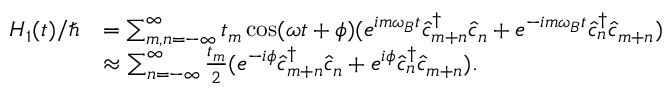
\begin{array} { r l } { H _ { 1 } ( t ) / \hbar } & { = \sum _ { m , n = - \infty } ^ { \infty } t _ { m } \cos ( \omega t + \phi ) ( e ^ { i m \omega _ { B } t } \hat { c } _ { m + n } ^ { \dagger } \hat { c } _ { n } + e ^ { - i m \omega _ { B } t } \hat { c } _ { n } ^ { \dagger } \hat { c } _ { m + n } ) } \\ & { \approx \sum _ { n = - \infty } ^ { \infty } \frac { t _ { m } } { 2 } ( e ^ { - i \phi } \hat { c } _ { m + n } ^ { \dagger } \hat { c } _ { n } + e ^ { i \phi } \hat { c } _ { n } ^ { \dagger } \hat { c } _ { m + n } ) . } \end{array}